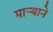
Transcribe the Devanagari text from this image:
मार्‍याने